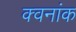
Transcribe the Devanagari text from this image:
क्वनांक